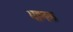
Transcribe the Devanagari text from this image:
भाणक